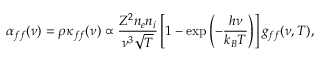
\alpha _ { f f } ( \nu ) = \rho \kappa _ { f f } ( \nu ) \propto \frac { Z ^ { 2 } n _ { e } n _ { i } } { \nu ^ { 3 } \sqrt { T } } \left[ 1 - \exp \left( - \frac { h \nu } { k _ { B } T } \right) \right] g _ { f f } ( \nu , T ) ,